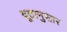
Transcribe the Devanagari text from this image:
दूतानुसार